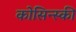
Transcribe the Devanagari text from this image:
कोसिन्स्की